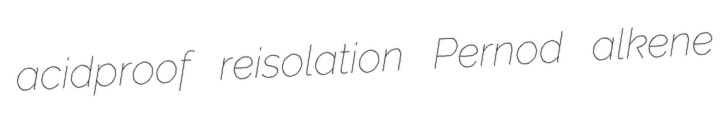
acidproof reisolation Pernod alkene